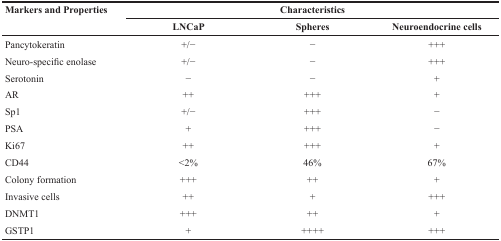
<table><thead><tr><td rowspan="2"><b>Markers and Properties</b></td><td colspan="3"><b>Characteristics</b></td></tr><tr><td><b>LNCaP</b></td><td><b>Spheres</b></td><td><b>Neuroendocrine cells</b></td></tr></thead><tbody><tr><td>Pancytokeratin</td><td>+/−</td><td>−</td><td>+++</td></tr><tr><td>Neuro-specific enolase</td><td>+/−</td><td>-</td><td>+++</td></tr><tr><td>Serotonin</td><td>−</td><td>−</td><td>+</td></tr><tr><td>AR</td><td>++</td><td>+++</td><td>+</td></tr><tr><td>Sp1</td><td>+/−</td><td>+++</td><td>−</td></tr><tr><td>PSA</td><td>+</td><td>+++</td><td>−</td></tr><tr><td>Ki67</td><td>++</td><td>+++</td><td>+</td></tr><tr><td>CD44</td><td>&lt;2%</td><td>46%</td><td>67%</td></tr><tr><td>Colony formation</td><td>+++</td><td>++</td><td>+</td></tr><tr><td>Invasive cells</td><td>++</td><td>+</td><td>+++</td></tr><tr><td>DNMT1</td><td>+++</td><td>++</td><td>+</td></tr><tr><td>GSTP1</td><td>+</td><td>++++</td><td>+++</td></tr></tbody></table>